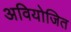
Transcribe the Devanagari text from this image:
अवियोजित